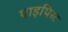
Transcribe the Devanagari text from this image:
पाइपिस्ट